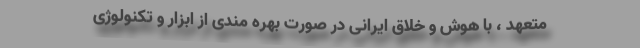
متعهد ، با هوش و خلاق ایرانی در صورت بهره مندی از ابزار و تکنولوژی